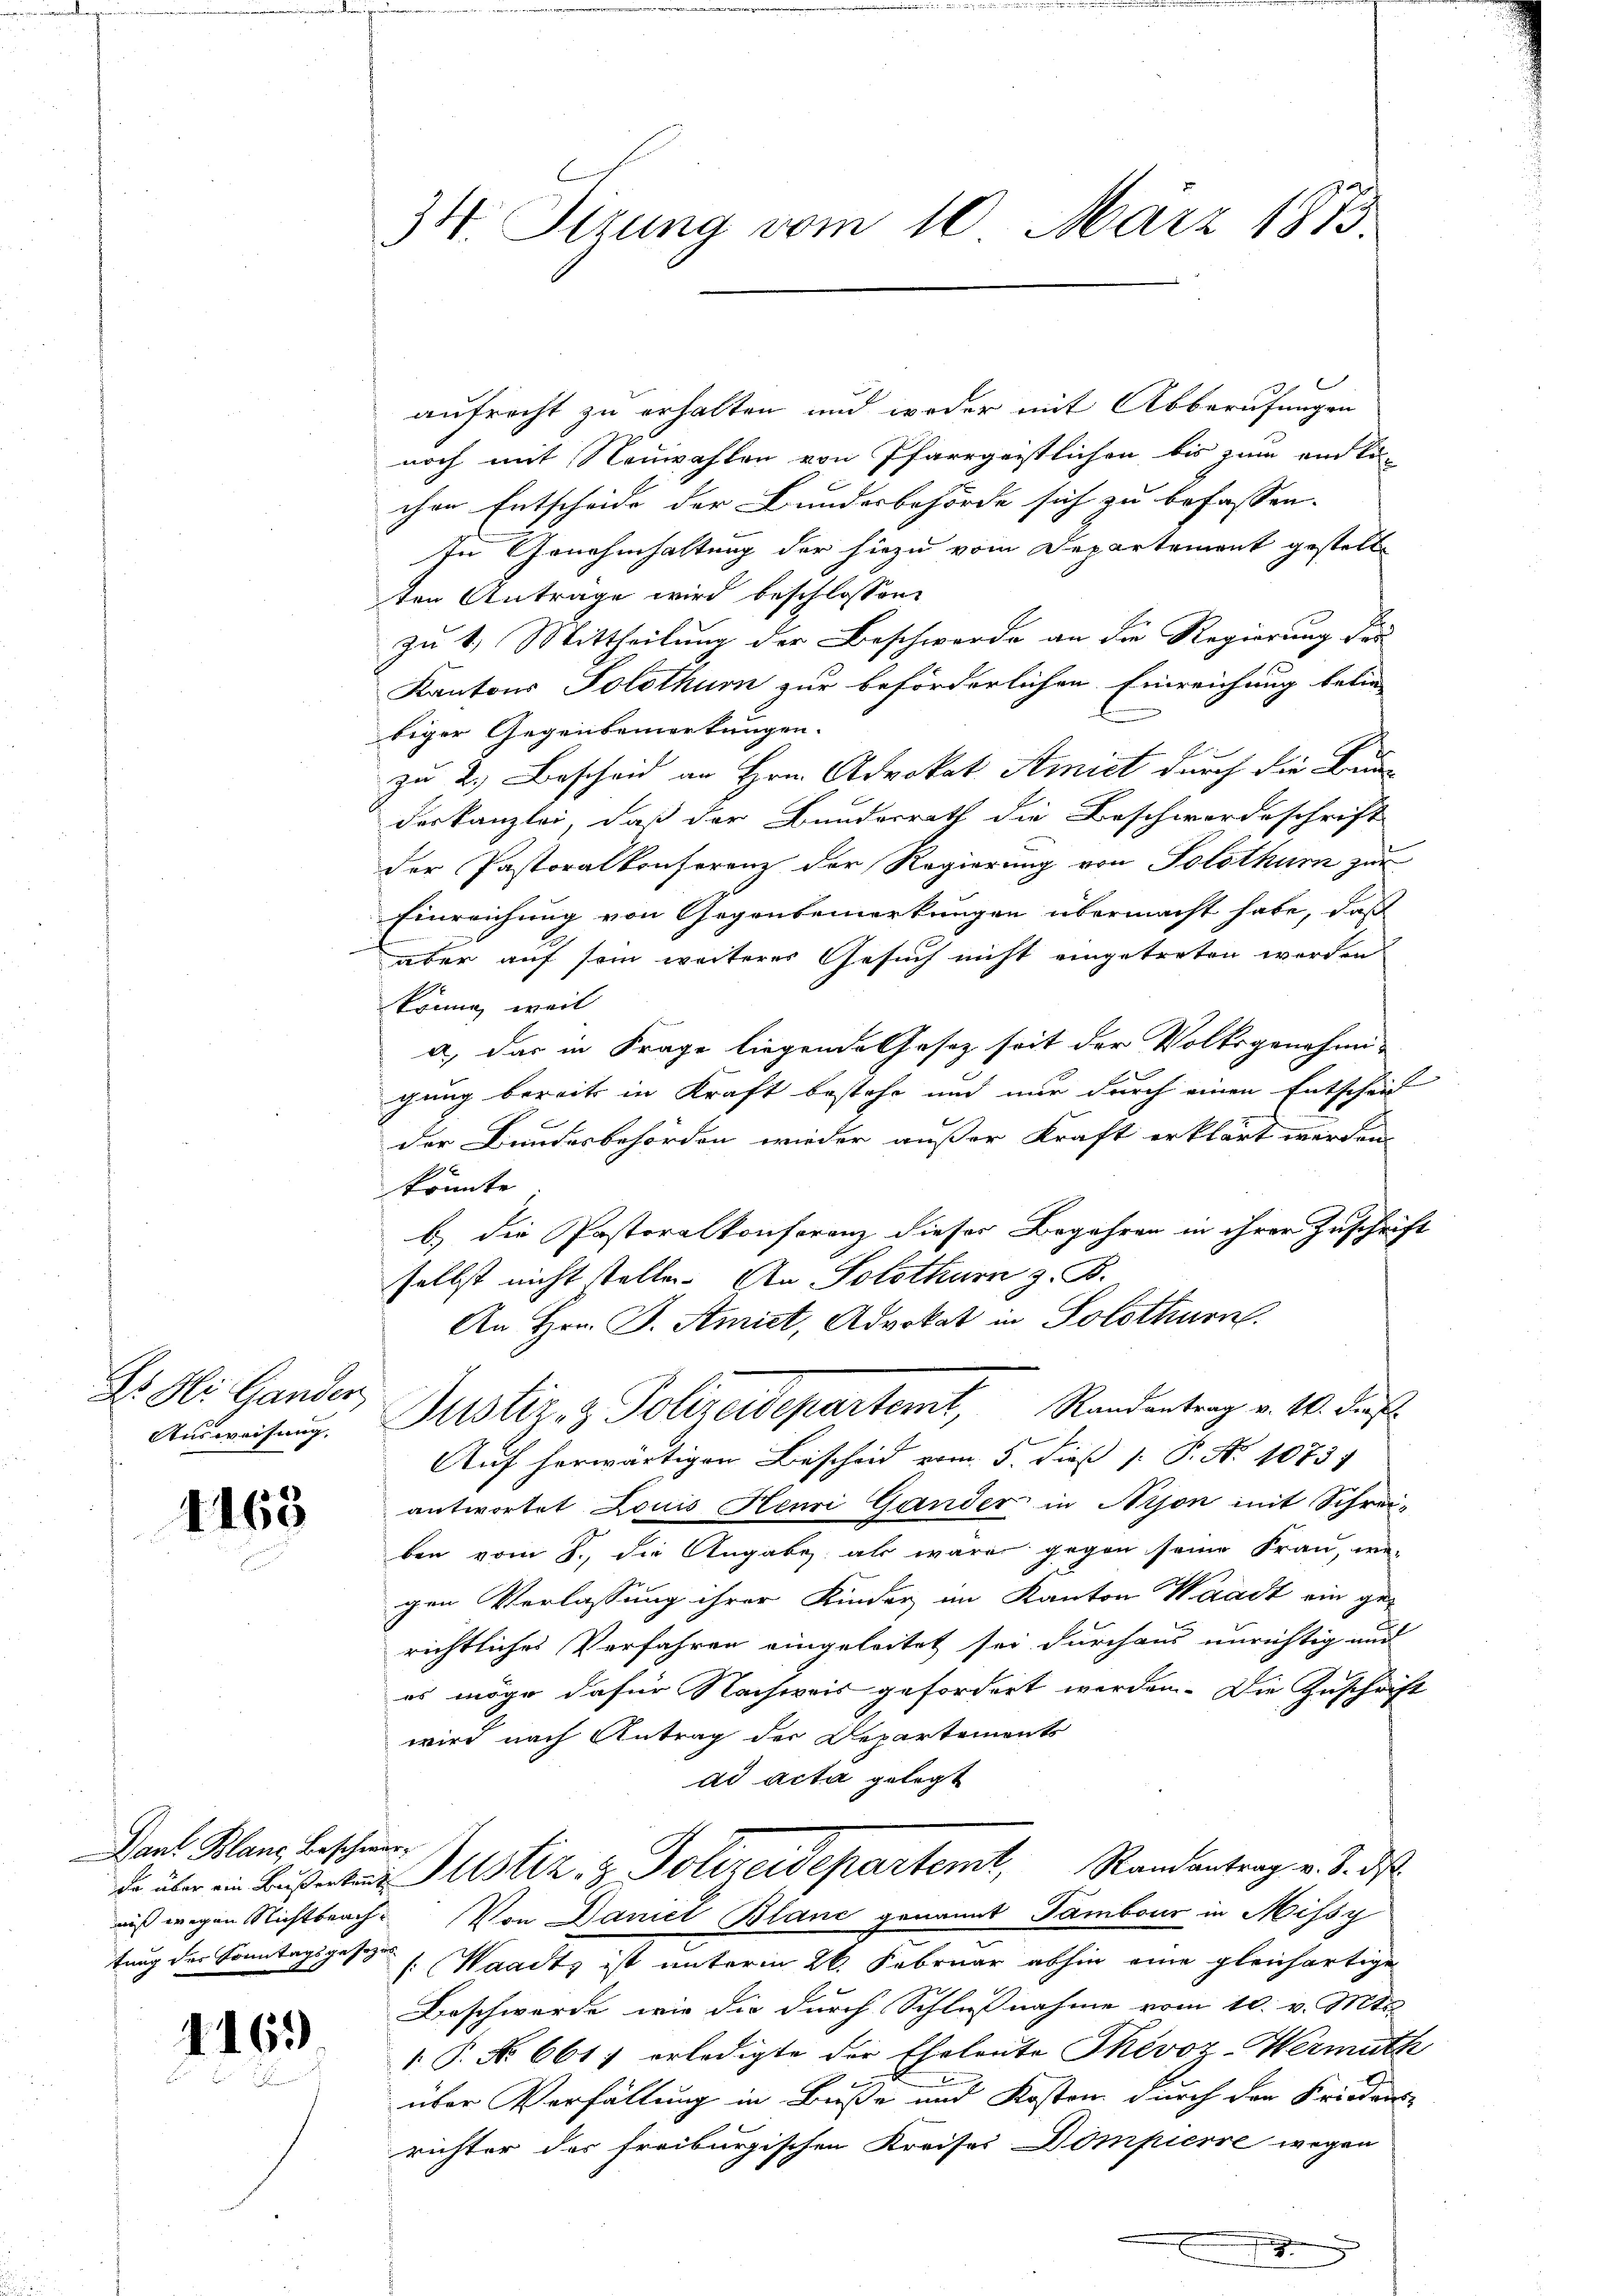
Dr. Si. Gander
Ausweisung,

1168

Man. Blane Beschwer¬

1169)

34. Sizung vom 10. März 1873.

aufrecht zu erhalten und weder mit Abberufungen
noch mit Neuwahlen von Pfarrgeistlichen bis zum ein Er-
chen Entscheide der Bundesbehörde sich zu befassen.
In Genehmhaltung der hiezu vom Departement gestellt
ten Anträge wird beschlossen:
zu 1. Mittheilung der Beschwerde an die Regierung der
Kantons Solothurn zur beförderlichen Einreichung befin-
biger Gegenbemerkungen.
zu 2. Bescheid an Hrn. Advokat Amiet durch die Bun-
deskanzlei, daß der Bundesrath die Beschwordeschrift
der Pastoralkonferenz der Regierung von Solothur zur
Einreichung von Gegenbemerkungen übermacht habe, daß
aber auf sein weiteres Gesuch nicht eingetreten werden
könne, weil
a) das in Frage liegende Gesetz seit der Volksgenehmi-
gung bereits in Kraft bestehe und nur durch einen Entscheit
der Bundesbehörden wieder außer Kraft erklärt werden.
könnte
b.) die Pastoralkonferenz dieser Begehren in ihrer Zuschrift
selbst nicht stellen. An Solothurn z. B.
An Hrn. J. Amict, Advokat in Solothurn.
Justiz- & Polizeidepartemt, Randentrag v. 10. dies
Auf herwärtigen Bescheid vom 5. dieß P. P. Nr. 10731
antwortet Louis Henri Gander in Nyon mit Schrei-
ben vom 8. die Angabe als wäre gegen seine Frau, wegen Verlassung ihrer Kinder im Kanton Waadt ein ge-
richtliches Verfahren eingeleitet sei durchaus unrichtig und
es möge dafür Nachweis gefordert werden. Die Zuschrift
wird nach Antrag der Departements
ad acta gelegt
de über in Busentant Justiz- & Polizeidepartemt, Randantrag v. 8. ds.
aiß wegen Nichtbeach. Von Daniel Blanc genannt Tambour in Missy
tung des Sonntagsgesetz (Waadt ist unterm 26. Februar abhin eine gleichartige
Beschwerde, wie die durch Schlußnahme vom 10. v. Mts.
1 P. No 661. erledigte der Eheleute Phévoz-Wermuth
über Verfällung in Buße und Kosten durch den Friedens-
richter der freiburgischen Kreises Dompierre wegen
g